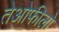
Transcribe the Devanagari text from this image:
तेओफीलो